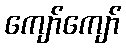
ကျော်ကျော်